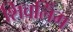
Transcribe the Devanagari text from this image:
शिवलिँग